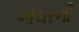
ગોચરની